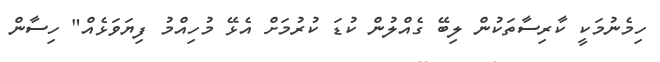
ހިމެނުމަކީ ކާރިސާތަކުން ލިބޭ ގެއްލުން ކުޑަ ކުރުމަށް އެޅޭ މުހިއްމު ފިޔަވަޅެއް" ހިސާން